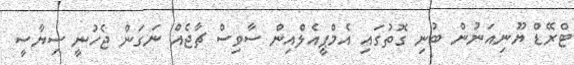
ޓްރޭޑް ޔޫނިއަނުން ބުނި ގޮތުގައި އެމްޕީއެލްއިން ސާވިސް ޗާޖެއް ނަގަން ޖެހުނީ ސިޔާސީ